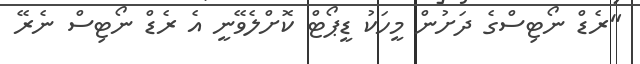
"ރެޑް ނޯޓިސްގެ ދަށުން މީހަކު ޑީޕޯޓް ކޮށްލެވޭނީ އެ ރެޑް ނޯޓިސް ނެރޭ